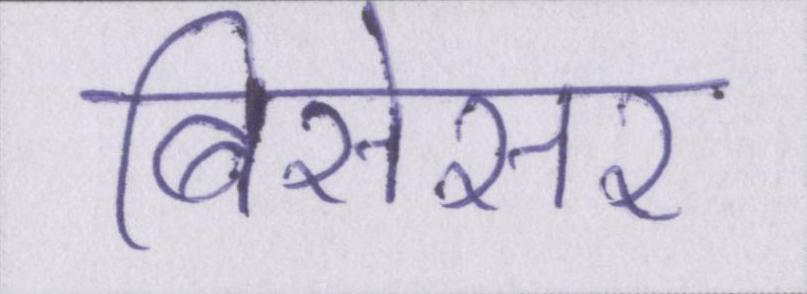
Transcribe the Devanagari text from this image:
बिसेसर